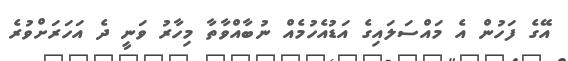
އޭގެ ފަހުން އެ މައްސަލައިގެ އަޑުއެހުމެއް ނުބާއްވާތާ މިހާރު ވަނީ ދެ އަހަރަށްވުރެ